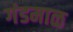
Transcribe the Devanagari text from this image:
गंडमाळ